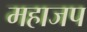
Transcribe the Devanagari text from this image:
महाजप